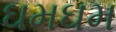
ઘમઘમ